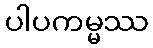
ပါပကမ္မဿ